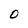
Character: O